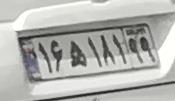
۱۶ه۱۸۱۴۹